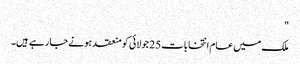
"
ملک میں عام انتخابات 25 جولائی کو منعقد ہونے جا رہے ہیں۔